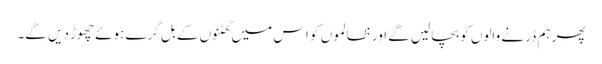
پھر ہم ڈر نے والوں کو بچالیں گے اور ظالموں کو اس میں گھٹنوں کے بل گرے ہوئے چھوڑ دیں گے۔